Vaccination in the Punjab 1867-1880 - 1867-1880
Year: 1867
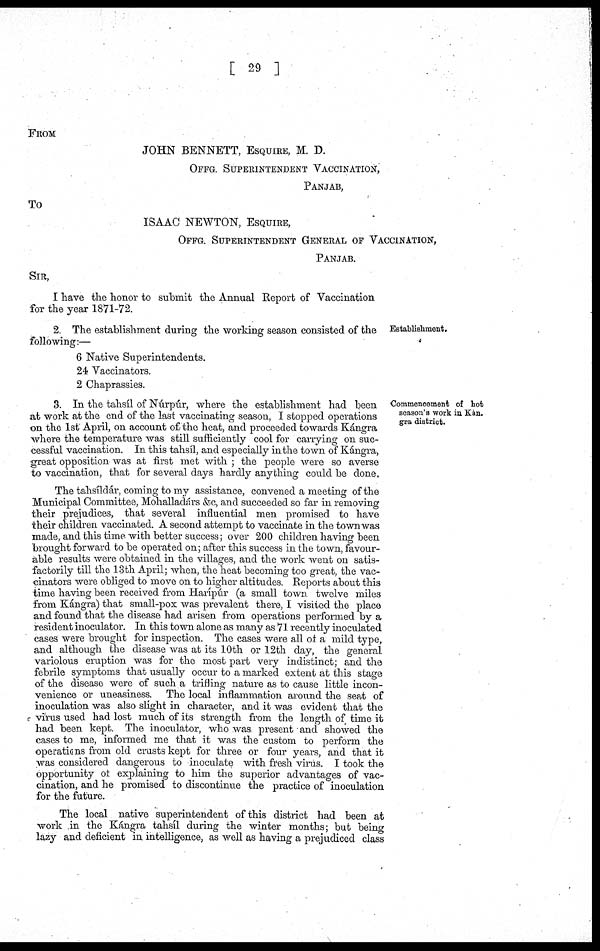
[ 29 ]
FROM
JOHN BENNETT, ESQUIRE, M. D.
OFFG. SUPERINTENDENT VACCINATION,
PANJAB,
To
ISAAC NEWTON, ESQUIRE,
OFFG. SUPERINTENDENT GENERAL OF VACCINATION,
PANJAB.
SIR,
I have the honor to submit the Annual Report of Vaccination
for the year 1871-72.
Establishment.
2. The establishment during the working season consisted of the
following:—
6 Native Superintendents.
24 Vaccinators.
2 Chaprassies.
Commencement of hot
season's work in Kan.
gra district.
3. In the tahsíl of Núrpúr, where the establishment had been
at work at the end of the last vaccinating season, I stopped operations
on the 1st April, on account of the heat, and proceeded towards Kángra
where the temperature was still sufficiently cool for carrying on suc-
cessful vaccination. In this tahsíl, and especially in the town of Kángra,
great opposition was at first met with ; the people were so averse
to vaccination, that for several days hardly anything could be done.
The tahsíldár, coming to my assistance, convened a meeting of the
Municipal Committee, Mohalladárs &c, and succeeded so far in removing
their prejudices, that several influential men promised to have
their children vaccinated. A second attempt to vaccinate in the town was
made, and this time with better success; over 200 children having been
brought forward to be operated on; after this success in the town, favour-
able results were obtained in the villages, and the work went on satis-
factorily till the 13th April; when, the heat becoming too great, the vac-
cinators were obliged to move on to higher altitudes. Reports about this
time having been received from Harípúr (a small town twelve miles
from Kángra) that small-pox was prevalent there, I visited the place
and found that the disease had arisen from operations performed by a
resident inoculator. In this town alone as many as 71 recently inoculated
cases were brought for inspection. The cases were all of a mild type,
and although the disease was at its 10th or 12th day, the general
variolous eruption was for the most part very indistinct; and the
febrile symptoms that usually occur to a marked extent at this stage
of the disease were of such a trifling nature as to cause little incon-
venience or uneasiness. The local inflammation around the seat of
inoculation was also slight in character, and it was evident that the
virus used had lost much of its strength from the length of time it
had been kept. The inoculator, who was present and showed the
cases to me, informed me that it was the custom to perform the
operations from old crusts kept for three or four years, and that it
was considered dangerous to inoculate with fresh virus. I took the
opportunity of explaining to him the superior advantages of vac-
cination, and he promised to discontinue the practice of inoculation
for the future.
The local native superintendent of this district had been at
work in the Kángra tahsíl during the winter months; but being
lazy and deficient in intelligence, as well as having a prejudiced class